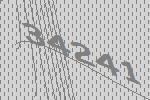
34241